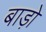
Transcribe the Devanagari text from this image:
बाड़ो